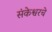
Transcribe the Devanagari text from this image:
संकेश्वरचे